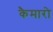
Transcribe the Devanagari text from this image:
कैमारो